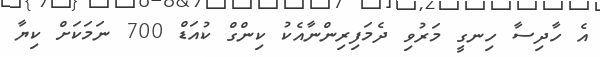
އެ ހާދިސާ ހިނގީ މަރުވި ދެމަފިރިންނާއެކު ކިންގް ކުއަޑް 700 ނަމަކަށް ކިޔާ